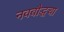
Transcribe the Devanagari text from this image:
नवबौद्धचा